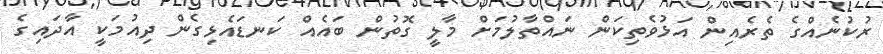
ރުކުނެއްގެ ތެރެއިން އަޅުވެތިކަން ނައްތާލުމަށް މާލީ ގޮތުން ބައެއް ކަނޑައެޅިގެން ދިއުމަކީ އާދައިގެ